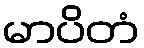
မာပိတံ